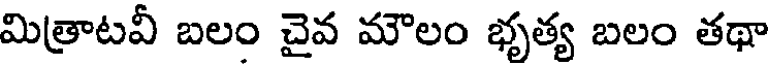
మిత్రాటవీ బలం చైవ మౌలం భృత్య బలం తథా